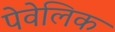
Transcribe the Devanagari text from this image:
पेवेलिक